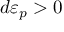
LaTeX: d \varepsilon _ { p } > 0